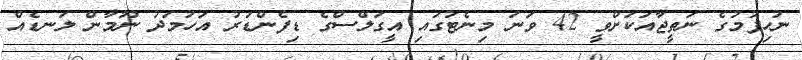
ނުހިފުމުގެ ނަތީޖާއަކަށްވީ 42 ވަނަ މިނެޓުގައި އީގަލްސްގެ ޑިފެންޑަރު އަހުމަދު ނޫމާން ލަނޑެއް